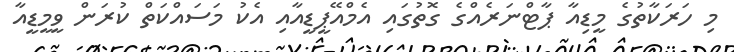
މި ހަރަކާތުގެ މީޑިއާ ޕާޓްނަރެއްގެ ގޮތުގައި އެމްއޭޕީޑީއާއި އެކު މަސައްކަތް ކުރަން ވީމީޑީއާ